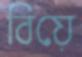
বিয়ে